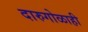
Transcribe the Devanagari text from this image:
दारुगोळाही